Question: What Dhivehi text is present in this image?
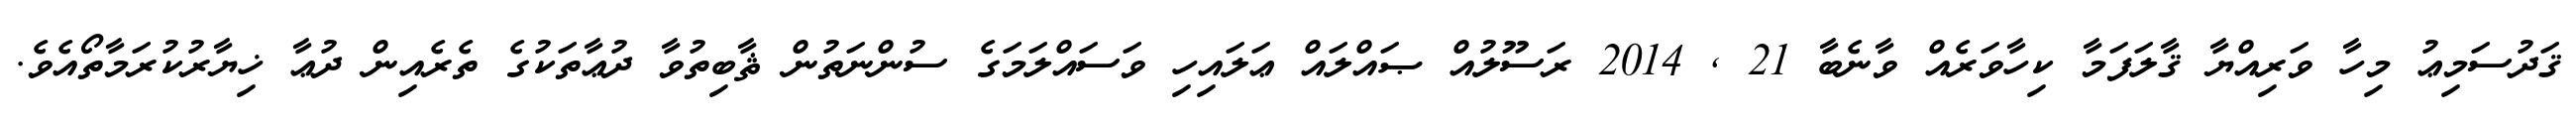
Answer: ޤަދުސަމިޢު މިހާ ވަރިއްޔާ ޤާލަފަމާ ކިހާވަރެއް ވާނެބާ 21 , 2014 ރަސޫލުއް ޞައްލައް ޢަލައިހި ވަސައްލަމަގެ ސުންނަތުން ޘާބިތުވާ ދުޢާތަކުގެ ތެރެއިން ދުޢާ ޚިޔާރުކުރަމާތޯއެވެ.